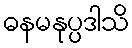
ဓနမနုပ္ပဒါသိ